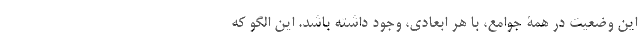
این وضعیت در همۀ جوامع، با هر ابعادی، وجود داشته باشد. این الگو که